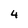
Character: 4